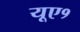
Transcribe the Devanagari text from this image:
यूए१